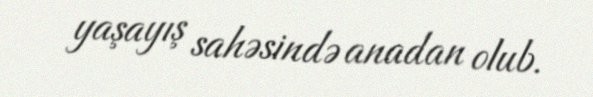
yaşayış sahəsində anadan olub.